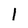
Character: 1